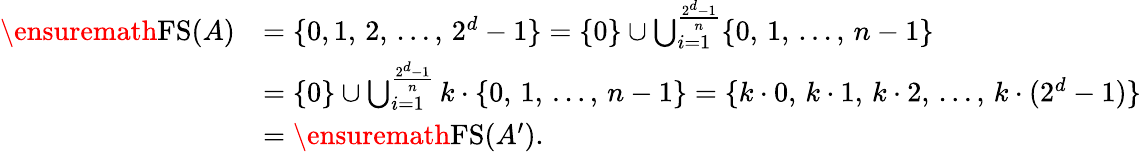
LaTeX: \begin{array}{rl}{\ensuremath{\operatorname{FS}}(A)}&{=\{ 0,1,\, 2,\, \dots,\, 2^{d}-1\} =\{ 0\} \cup\bigcup_{i=1}^{\frac{2^{d}-1}{n}}\{ 0,\, 1,\, \dots,\, n-1\} }\\ &{=\{ 0\} \cup\bigcup_{i=1}^{\frac{2^{d}-1}{n}}k\cdot\{ 0,\, 1,\, \dots,\, n-1\} =\{ k\cdot 0,\, k\cdot 1,\, k\cdot 2,\, \dots,\, k\cdot(2^{d}-1)\} }\\ &{=\ensuremath{\operatorname{FS}}(A^{\prime}).}\end{array}